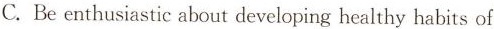
C.Be enthusiastic about developing healthy habits of yourown.